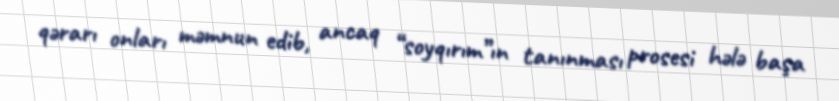
qərarı onları məmnun edib, ancaq “soyqırım”ın tanınması prosesi hələ başa